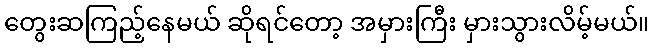
တွေးဆကြည့်နေမယ် ဆိုရင်တော့ အမှားကြီး မှားသွားလိမ့်မယ်။